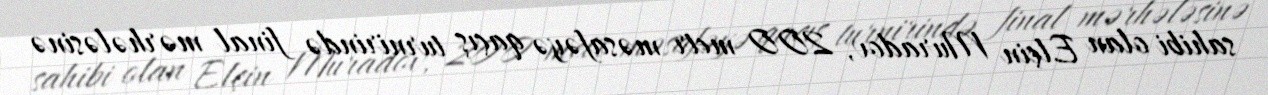
sahibi olan Elçin Muradov, 200 metr məsafəyə qaçış turnirində final mərhələsinə